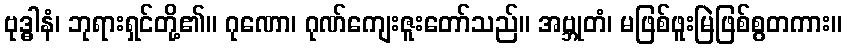
ဗုဒ္ဓါနံ၊ ဘုရားရှင်တို့၏။ ဂုဏော၊ ဂုဏ်ကျေးဇူးတော်သည်။ အဗ္ဘုတံ၊ မဖြစ်ဖူးမြဲဖြစ်စွတကား။